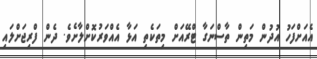
އެއަށްފަހު އުދުން މަތިން ތާސްނަގާ ޓްރޭއަށް މިތަކެތި އަޅާ އެއްވަރުކޮށްލާށެވެ. ދެން ފްރިޖަށްލައި